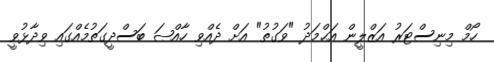
ހޯމް މިނިސްޓަރު އަޒްލީން އަޙްމަދު "ވަގުތު" އަށް ދެއްވި ހާއްޞަ ބަސްދީގަތުމެއްގައި ވިދާޅުވީ